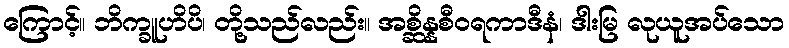
ကြောင့်။ ဘိက္ခူဟိပိ၊ တို့သည်လည်း။ အစ္ဆိန္နစီဝရကာဒီနံ၊ ဒါးမြ လုယူအပ်သော